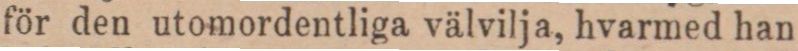
för den utomordentliga välvilja, hvarmed han